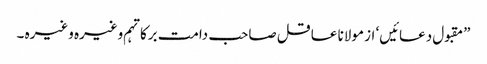
”مقبول دعائیں‘ از مولانا عاقل صاحب دامت برکاتہم وغیرہ وغیرہ ۔